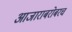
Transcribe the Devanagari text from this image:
आजाराबरोबरच